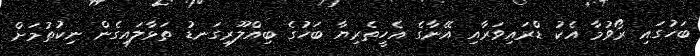
ބަހުގައި ރޯވުމާ އެކު ޑްރައިވަރާއި އޭނާގެ އެހީތެރިޔާ ބަހުގެ ބިއްލޫރިގަނޑު ތަޅާލައިގެން ނިކުތުމަށް